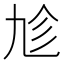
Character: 𠃩